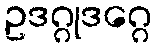
ဥဒဂ္ဂုဒဂ္ဂေ